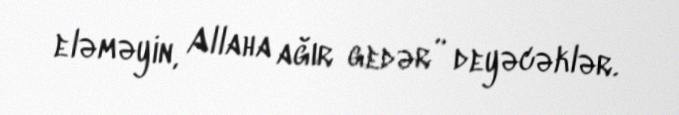
eləməyin, Allaha ağır gedər” deyəcəklər.